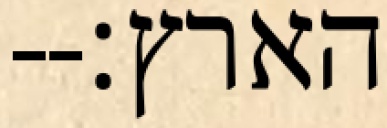
הארץ׃--